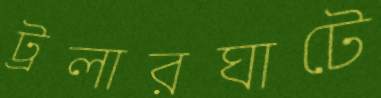
ট্রলারঘাটে